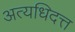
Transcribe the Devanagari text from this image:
अत्यधिदत्त